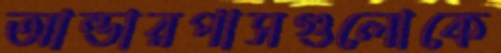
আন্ডারপাসগুলোকে